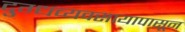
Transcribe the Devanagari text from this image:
दुग्धव्यवसायापासून